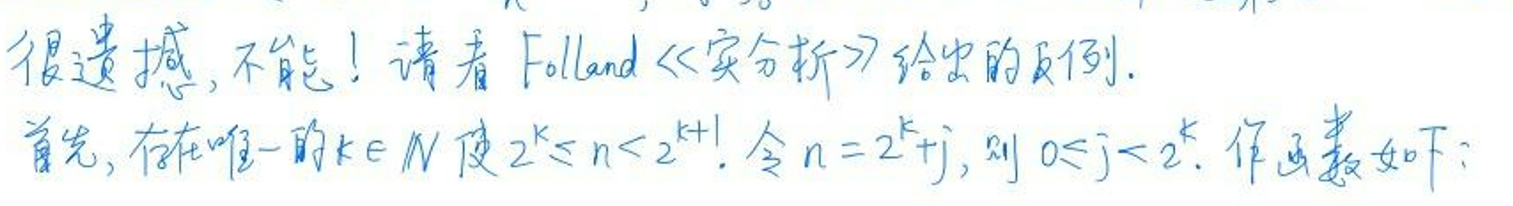
很遗憾，不能！请看Folland《实分析》给出的反例。

首先，存在唯一的\(k\in N\)使\(2^{k}\leq n < 2^{k+1}\)。令\(n = 2^{k}+j\)，则\(0\leq j < 2^{k}\)。作函数如下：